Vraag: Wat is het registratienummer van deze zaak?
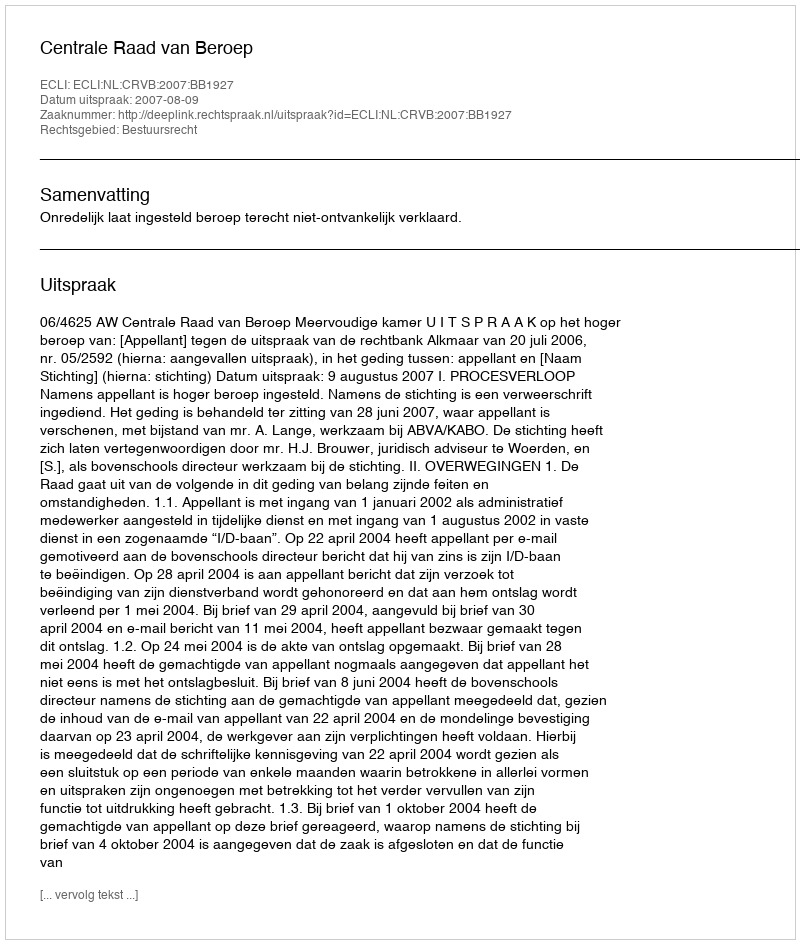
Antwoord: http://deeplink.rechtspraak.nl/uitspraak?id=ECLI:NL:CRVB:2007:BB1927